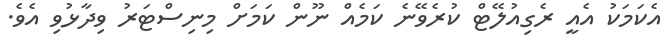
އެކަމަކު އެއީ ރެގިއުލޭޓް ކުރެވޭނެ ކަމެއް ނޫން ކަމަށް މިނިސްޓަރު ވިދާޅުވި އެވެ.